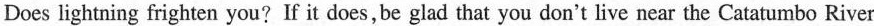
Does lightning frighten you? If it does,be glad that you don't live near the Catatumbo River